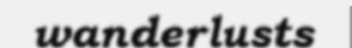
wanderlusts